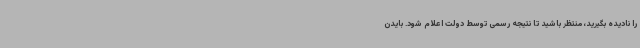
را نادیده بگیرید، منتظر باشید تا نتیجه رسمی توسط دولت اعلام شود. بایدن